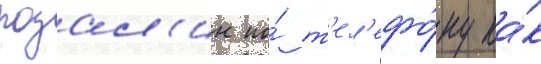
розал'ин по́ т'ел'ефо́ну ка́к